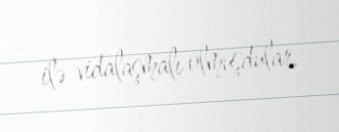
ilə vidalaşmalı olmuşdular.